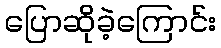
ပြောဆိုခဲ့ကြောင်း